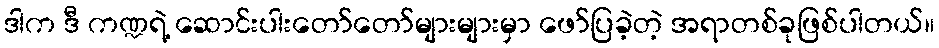
ဒါက ဒီ ကဏ္ဍရဲ့ ဆောင်းပါးတော်တော်များများမှာ ဖော်ပြခဲ့တဲ့ အရာတစ်ခုဖြစ်ပါတယ်။